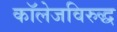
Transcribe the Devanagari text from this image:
कॉलेजविरुद्ध